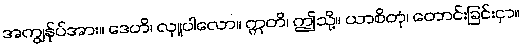
အကျွန်ုပ်အား။ ဒေဟိ၊ လှူပါလော။ ဣတိ၊ ဤသို့။ ယာစိတုံ၊ တောင်းခြင်းငှာ။